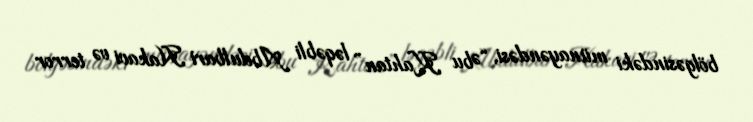
bölgəsindəki münayəndəsi, “Əbu Kahtan” ləqəbli Abdulbari Hakavi və terror